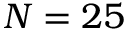
N = 2 5